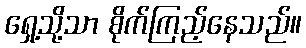
ရှေ့သို့သာ စိုက်ကြည့်နေသည်။